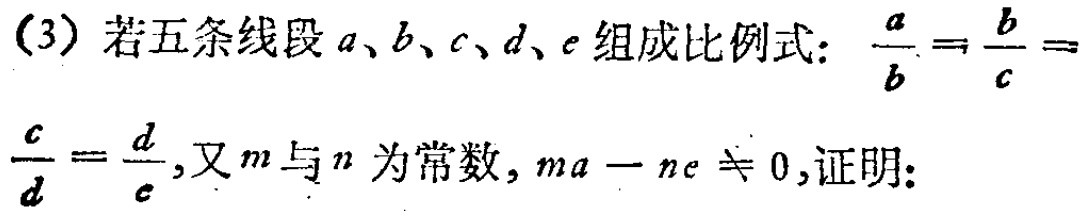
(3) 若五条线段\(a、b、c、d、e\)组成比例式：\(\frac{a}{b}=\frac{b}{c}=\frac{c}{d}=\frac{d}{e}\)，又\(m\)与\(n\)为常数，\(ma - ne\neq0\)，证明：